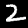
Label: 2